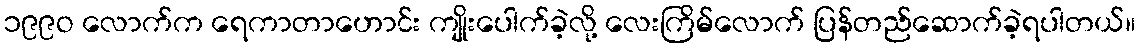
၁၉၉ဝ လောက်က ရေကာတာဟောင်း ကျိုးပေါက်ခဲ့လို့ လေးကြိမ်လောက် ပြန်တည်ဆောက်ခဲ့ရပါတယ်။